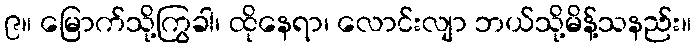
၉။ မြောက်သို့ကြွခါ၊ ထိုနေရာ၊ လောင်းလျာ ဘယ်သို့မိန့်သနည်း။